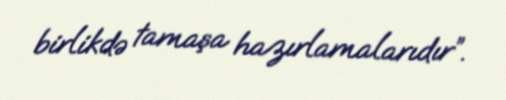
birlikdə tamaşa hazırlamalarıdır”.